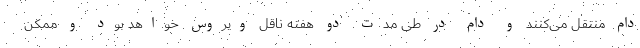
دام منتقل می‌کنند و دام در طی مدت دو هفته ناقل ویروس خواهد بود و ممکن